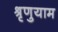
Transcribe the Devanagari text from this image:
श्रृणुयाम